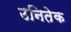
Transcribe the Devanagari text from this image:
उनितेक